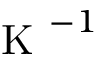
\textrm { K } ^ { - 1 }